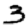
Digit: 3